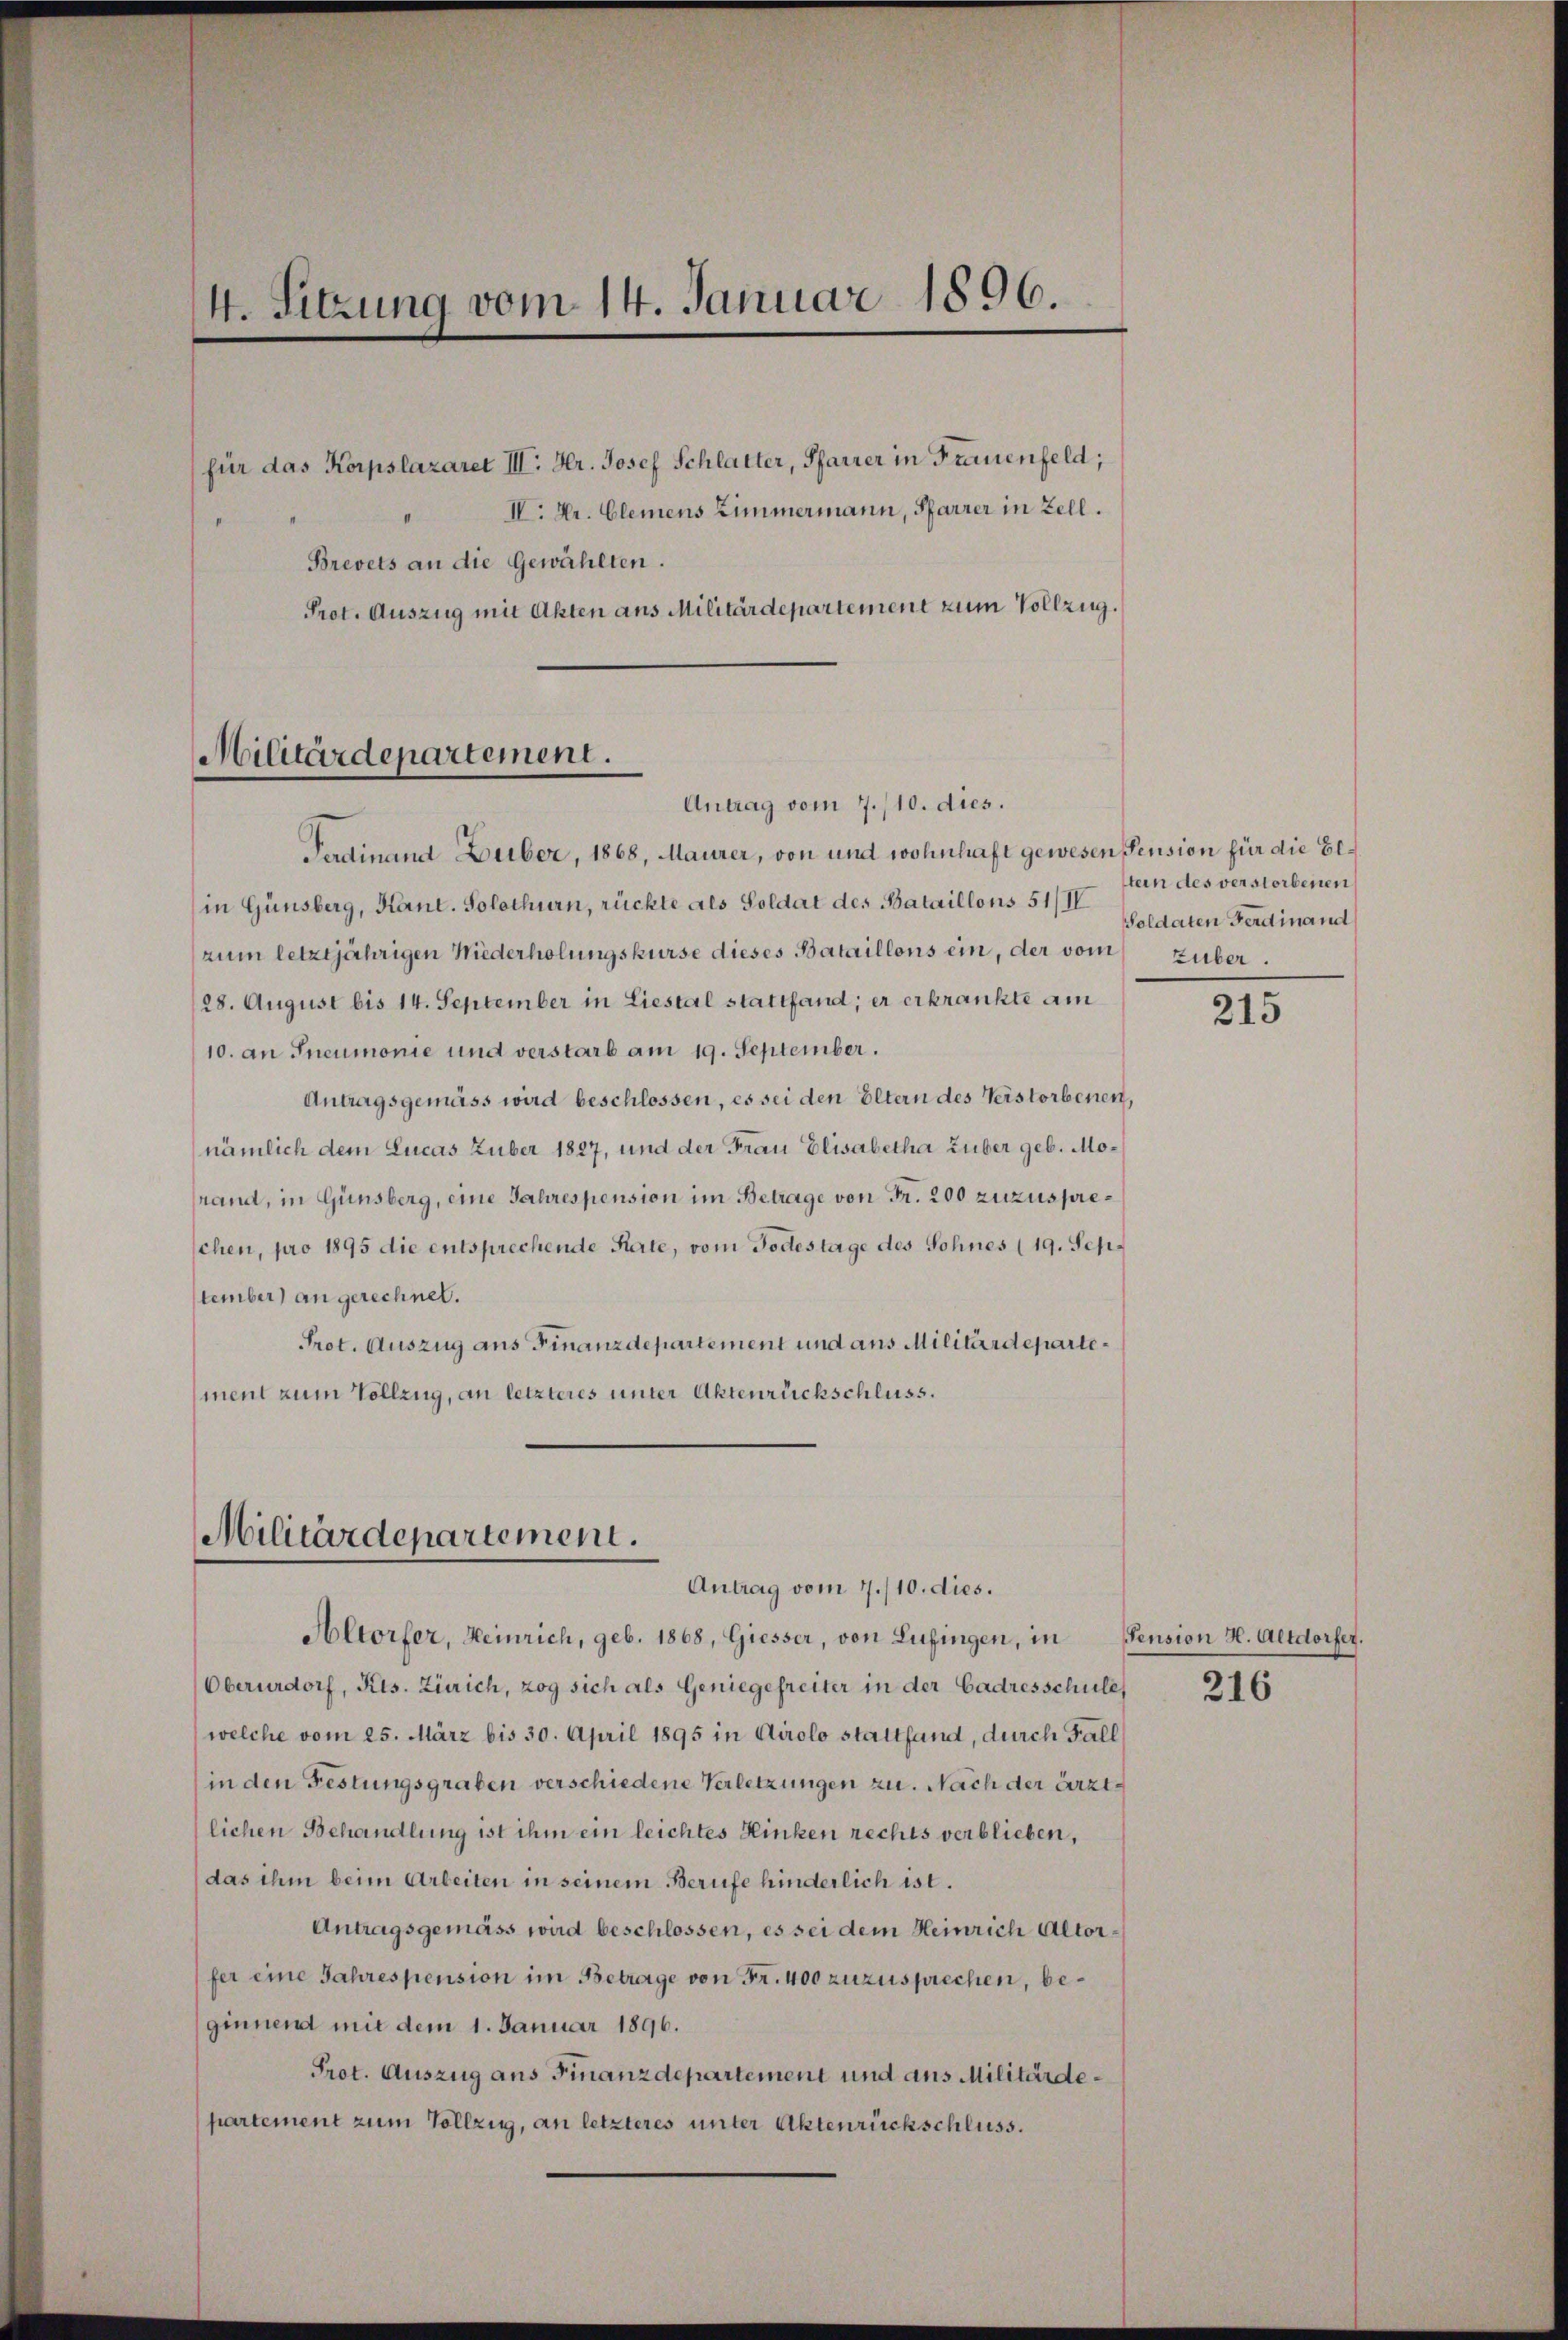
4. Sitzung vom 14. Januar 1896.
für das Korpslazaret III. Hr. Josef Schlatter, Pfarrer in Frauenfeld;
IV. Dr. Glemens Zimmermann, Pfarrer in Zell.
Brevets an die Gewählten.
Prot. Auszug mit Akten aus Militärdepartement zum Vollzug.

Militärdepartement.
Antrag vom 7./10. dies.

Ferdinand Huber, 1868, Maurer, von und wohnhaft gewesen Pension für die Elin Günsberg, Kant. Solothurn, rückte als Soldat des Bataillons 5 1/2 Goldaten Ferdinand
zum letztjährigen Niederholungskurse dieses Bataillons ein, der vom
28. August bis 14. September in Liestal stattfand; er erkrankte am
10. an Pneumonie und verstarb am 19. September.
Antragsgemäss wird beschlossen, es sei den Eltern des Verstorbenen,
nämlich dem Lucas Zuber 1827, und der Frau Elisabetha Huber geb. Morand, in Günsberg, eine Jahrespension im Betrage von Fr. 200 zuzuspreschen, pro 1895 die entsprechende Rate, vom Todestage des Sohnes (19. September) an gerechnet.
Prot. Auszug aus Finanzdepartement und aus Militärdepartement zum Vollzug, an letzteres unter Aktenrückschluss.

Militärdepartemen.
Antrag vom 7./10. dies.

Altorfer, Heinrich, geb. 1868, Giesser, von Lufingen, in
Oberurdorf, Kts. Zürich, zog sich als Geniegefreiter in der Cadresschule,
welche vom 25. März bis 30. April 1895 in Airolo stattfand, durch Fall
in den Festungsgraben verschiedene Verletzungen zu. Nach der ärztlichen Behandlung ist ihm ein leichtes Hinken rechts verblieben,
das ihm beim Arbeiten in seinem Berufe hinderlich ist.
Antragsgemäss wird beschlossen, es sei dem Heinrich Altorfer eine Jahrespension im Betrage von Fr. 400 zuzusprechen, beginnend mit dem 1. Januar 1896.
Prot. Auszug aus Finanzdepartement und aus Militärdepartement zum Vollzug, an letzteres unter Aktenrückschluss.

tern des verstorbenen
zuber.

215

Pension H. Altdorfer.

216